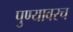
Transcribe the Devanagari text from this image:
पुण्यावरच